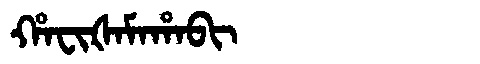
Manchu: ᡥᠠᠸᡳᡧᠠᠮᠠᡥᠠᠪᡳ
Romanization: HAFIŠAMAHABI